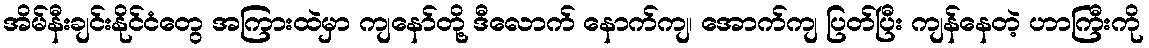
အိမ်နီးချင်းနိုင်ငံတွေ အကြားထဲမှာ ကျနော်တို့ ဒီလောက် နောက်ကျ၊ အောက်ကျ ပြတ်ပြီး ကျန်နေတဲ့ ဟာကြီးကို